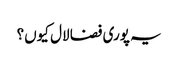
یہ پوری فضا لال کیوں؟